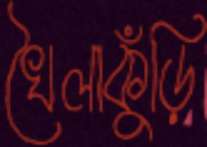
খৈলাকুঁড়ি